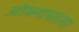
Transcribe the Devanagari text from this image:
ओब्लास्तला